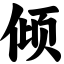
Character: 倾